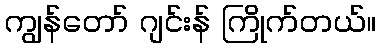
ကျွန်တော် ဂျင်းန် ကြိုက်တယ်။